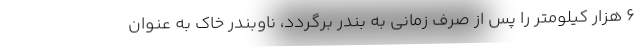
۶ هزار کیلومتر را پس از صرف زمانی به بندر برگردد، ناوبندر خاک به عنوان